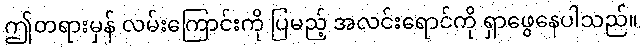
ဤတရားမှန် လမ်းကြောင်းကို ပြမည့် အလင်းရောင်ကို ရှာဖွေနေပါသည်။